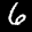
Label: 6